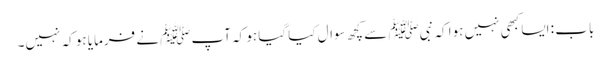
باب : ایسا کبھی نہیں ہوا کہ نبیﷺ سے کچھ سوال کیا گیا ہو کہ آپﷺ نے فرمایا ہو کہ نہیں۔